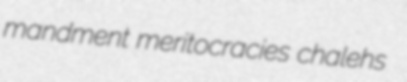
mandment meritocracies chalehs